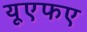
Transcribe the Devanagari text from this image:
यूएफए